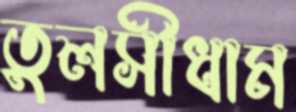
তুলসীধাম